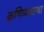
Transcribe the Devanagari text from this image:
कृषिव्‍यवस्था